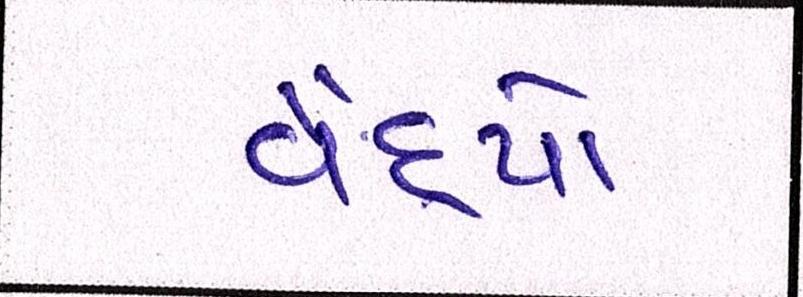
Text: વૈદ્યો